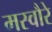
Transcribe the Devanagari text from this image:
मस्वौरे